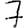
Digit: 7